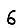
Digit: 6